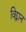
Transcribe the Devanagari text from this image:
विद्द्वान